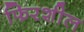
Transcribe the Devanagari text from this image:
फिरशील